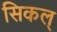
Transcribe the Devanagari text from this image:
सिकल्